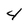
Character: 4